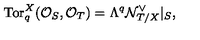
\mathrm { T o r } _ { q } ^ { X } ( { \cal O } _ { S } , { \cal O } _ { T } ) = \Lambda ^ { q } { \cal N } _ { T / X } ^ { \vee } | _ { S } ,